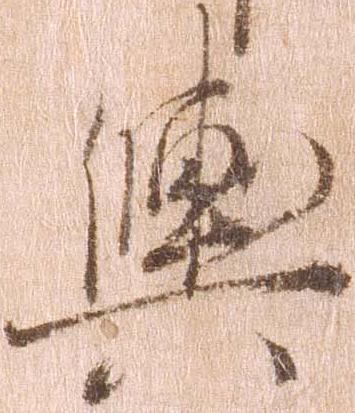
輿